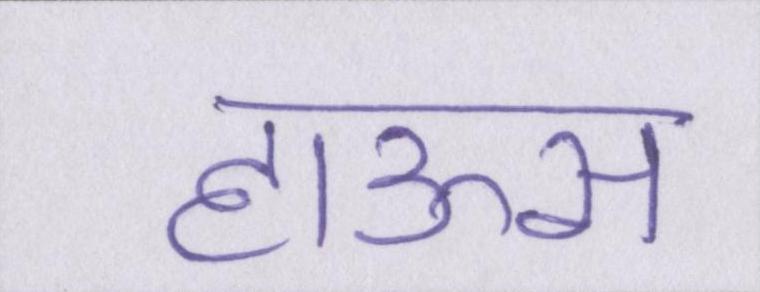
हाऊस